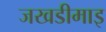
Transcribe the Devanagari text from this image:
जखडीमाइ